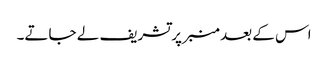
اس کے بعد منبر پر تشریف لے جاتے۔